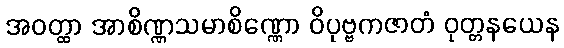
အဝတ္ထာ အာစိဏ္ဏသမာစိဏ္ဏော ဝိပုဗ္ဗကဇာတံ ဝုတ္တနယေန